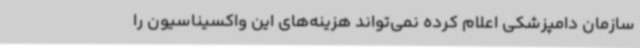
سازمان دامپزشکی اعلام کرده نمی‌تواند هزینه‌های این واکسیناسیون را